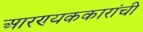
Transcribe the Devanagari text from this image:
आरण्यककारांची